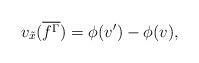
LaTeX: \begin{align*}v_{\tilde{x}}(\overline{f^{\Gamma}})=\phi(v')-\phi(v),\end{align*}